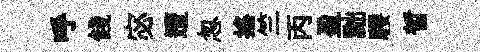
呼餞宓遭忽揺竺丙盈黜騕晳